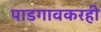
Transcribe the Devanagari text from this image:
पाडगावकरही